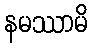
နမဿာမိ